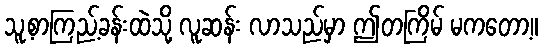
သူ့စာကြည့်ခန်းထဲသို့ လူဆန်း လာသည်မှာ ဤတကြိမ် မကတော့။